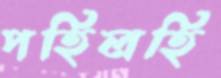
পহিলহি